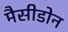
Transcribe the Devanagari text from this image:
मैसीडोन